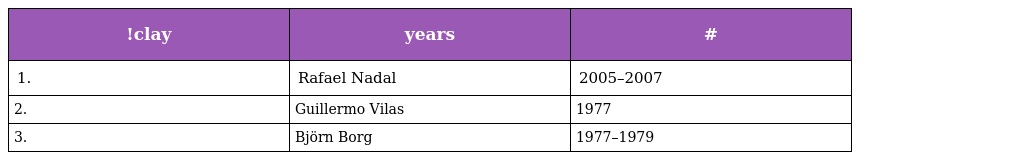
| !clay | years | # |
 | --- | --- | --- |
 | 1. | Rafael Nadal | 2005–2007 |
 | 2. | Guillermo Vilas | 1977 |
 | 3. | Björn Borg | 1977–1979 |